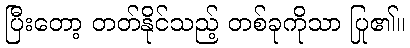
ပြီးတော့ တတ်နိုင်သည့် တစ်ခုကိုသာ ပြု၏။